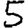
Digit: 5